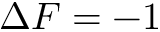
\Delta F = - 1